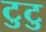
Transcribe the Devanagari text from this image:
टुटु